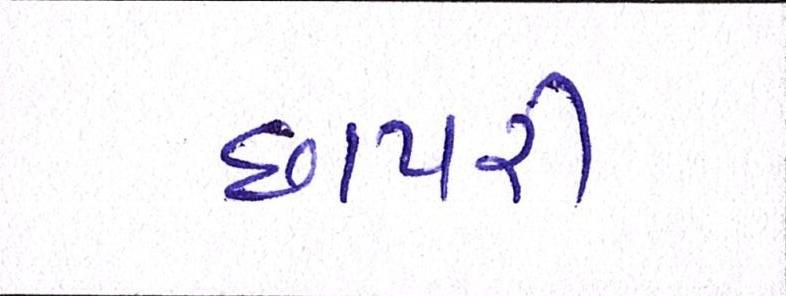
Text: છાપરી